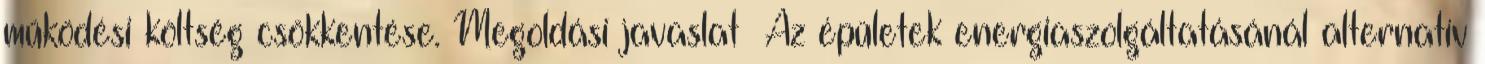
működési költség csökkentése. Megoldási javaslat ▪Az épületek energiaszolgáltatásánál alternatív